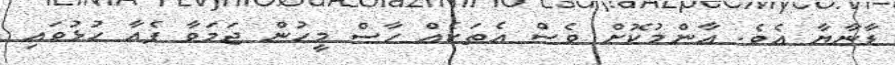
ޑާނާޔާ އެވެ. އާންމުކޮށް ވެސް އެތަކެއް ހާސް މީހުން ޖަމަވާ ފެއާ ހުުޅުވައި